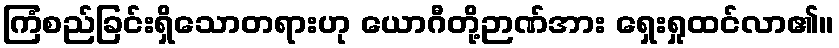
ကြံစည်ခြင်းရှိသောတရားဟု ယောဂီတို့ဉာဏ်အား ရှေးရှုထင်လာ၏။